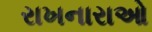
રાખનારાઓ